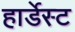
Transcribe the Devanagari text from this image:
हार्डेस्ट